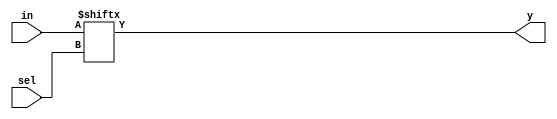
module generic_mux #(  parameter k = 4 ) // k=4 will give 16:1 Mux where each of 16 input are single bit data line 
 		(
    input [2**k-1:0] in ,
    input [k-1:0] sel,
    output  y
    );
	
 assign y = in[sel];

endmodule